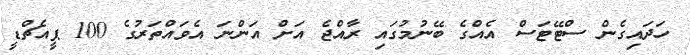
ހަދައިގެން ސްޓޭޓަސް އެއްގެ ބޭނުމުގައި ރާއްޖެ އަށް އަންނަ އެވައްތަރުގެ 100 ޕީއެޗްޑީ